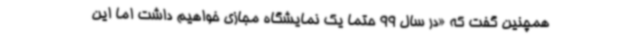
همچنین گفت که «در سال 99 حتما یک نمایشگاه مجازی خواهیم داشت اما این